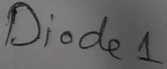
Text: Diode1